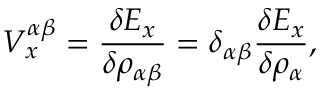
V _ { x } ^ { \alpha \beta } = \frac { \delta E _ { x } } { \delta \rho _ { \alpha \beta } } = \delta _ { \alpha \beta } \frac { \delta E _ { x } } { \delta \rho _ { \alpha } } ,